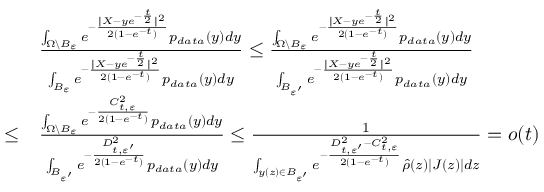
\begin{array} { r l } & { \frac { \int _ { \Omega \backslash B _ { \varepsilon } } e ^ { - \frac { \| X - y e ^ { - \frac { t } { 2 } } \| ^ { 2 } } { 2 ( 1 - e ^ { - t } ) } } p _ { d a t a } ( y ) d y } { \int _ { B _ { \varepsilon } } e ^ { - \frac { \| X - y e ^ { - \frac { t } { 2 } } \| ^ { 2 } } { 2 ( 1 - e ^ { - t } ) } } p _ { d a t a } ( y ) d y } \leq \frac { \int _ { \Omega \backslash B _ { \varepsilon } } e ^ { - \frac { \| X - y e ^ { - \frac { t } { 2 } } \| ^ { 2 } } { 2 ( 1 - e ^ { - t } ) } } p _ { d a t a } ( y ) d y } { \int _ { B _ { \varepsilon ^ { \prime } } } e ^ { - \frac { \| X - y e ^ { - \frac { t } { 2 } } \| ^ { 2 } } { 2 ( 1 - e ^ { - t } ) } } p _ { d a t a } ( y ) d y } } \\ { \leq } & { \frac { \int _ { \Omega \backslash B _ { \varepsilon } } e ^ { - \frac { C _ { t , \varepsilon } ^ { 2 } } { 2 ( 1 - e ^ { - t } ) } } p _ { d a t a } ( y ) d y } { \int _ { B _ { \varepsilon ^ { \prime } } } e ^ { - \frac { D _ { t , \varepsilon ^ { \prime } } ^ { 2 } } { 2 ( 1 - e ^ { - t } ) } } p _ { d a t a } ( y ) d y } \leq \frac { 1 } { \int _ { y ( z ) \in B _ { \varepsilon ^ { \prime } } } e ^ { - \frac { D _ { t , \varepsilon ^ { \prime } } ^ { 2 } - C _ { t , \varepsilon } ^ { 2 } } { 2 ( 1 - e ^ { - t } ) } } \hat { \rho } ( z ) | J ( z ) | d z } = o ( t ) } \end{array}